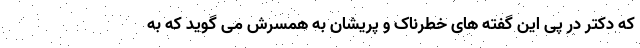
که دکتر در پی این گفته های خطرناک و پریشان به همسرش می گوید که به